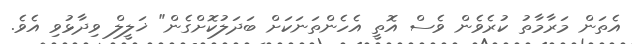
އެތަން މަރާމާތު ކުރެވެން ވެސް އޮތީ އެހެންތަނަކަށް ބަދަލުކޮށްގެން" ޚަލީލް ވިދާޅުވި އެވެ.